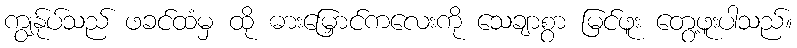
ကျွန်ုပ်သည် ဖခင်ထံမှ ထို ဓားမြှောင်ကလေးကို သေချာစွာ မြင်ဖူး တွေ့ဖူးပါသည်။